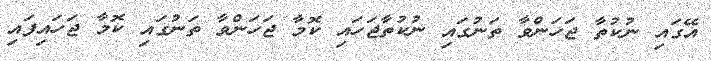
އޭގައި ނުކުތާ ޖަހަންވާ ތަނުގައި ނުކުތާޖަހައި ކޮމާ ޖަހަންވާ ތަނުގައި ކޮމާ ޖަހައިފައި